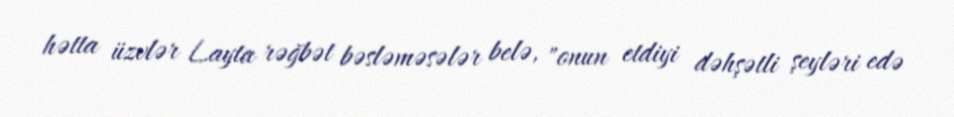
hətta üzvlər Layta rəğbət bəsləməsələr belə, "onun etdiyi dəhşətli şeyləri edə